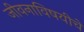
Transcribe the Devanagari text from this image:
जीवनाविषयीचे